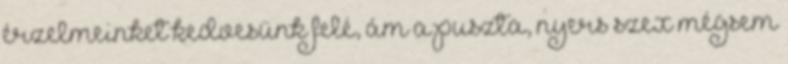
érzelmeinket kedvesünk felé, ám a puszta, nyers szex mégsem